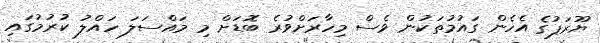
ޔޫރަޕުގެ އެހެން ގައުމުތަކުން ވެސް މިހާރަށްވުރެ ބޮޑަށް މި މައްސަލަ ހައްލު ކުރުމުގައި